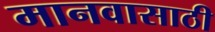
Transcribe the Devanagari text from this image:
मानवासाठी